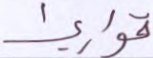
قواريرا